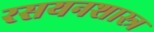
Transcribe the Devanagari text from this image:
रसयनशास्त्र